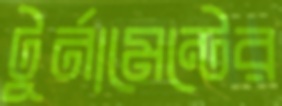
টুর্নামেন্টের